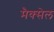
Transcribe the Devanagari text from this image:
मैक्सेल